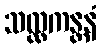
သလ္လကန္တနံ